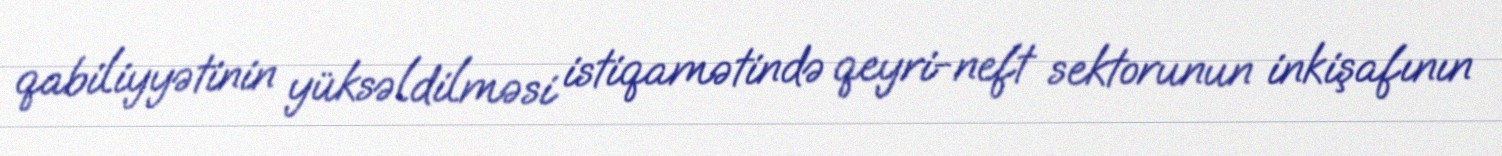
qabiliyyətinin yüksəldilməsi istiqamətində qeyri-neft sektorunun inkişafının